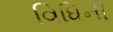
વિધિની